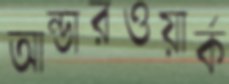
আন্ডারওয়ার্ক